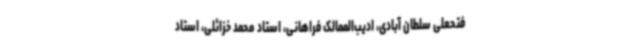
فتحعلی سلطان آبادی، ادیب‌الممالک فراهانی، استاد محمد خزائلی، استاد